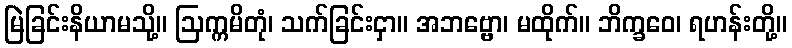
မြဲခြင်းနိယာမသို့။ ဩက္ကမိတုံ၊ သက်ခြင်းငှာ။ အဘဗ္ဗော၊ မထိုက်။ ဘိက္ခဝေ၊ ရဟန်းတို့။